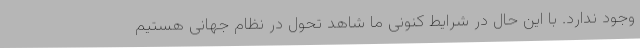
وجود ندارد. با این حال در شرایط کنونی ما شاهد تحول در نظام جهانی هستیم